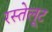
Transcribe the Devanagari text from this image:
रस्तेलूट